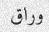
وراق